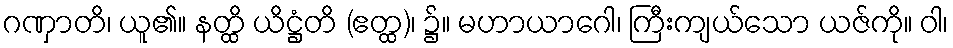
ဂဏှာတိ၊ ယူ၏။ နတ္ထိ ယိဋ္ဌံတိ (ဧတ္ထ)၊ ၌။ မဟာယာဂေါ၊ ကြီးကျယ်သော ယဇ်ကို။ ဝါ၊